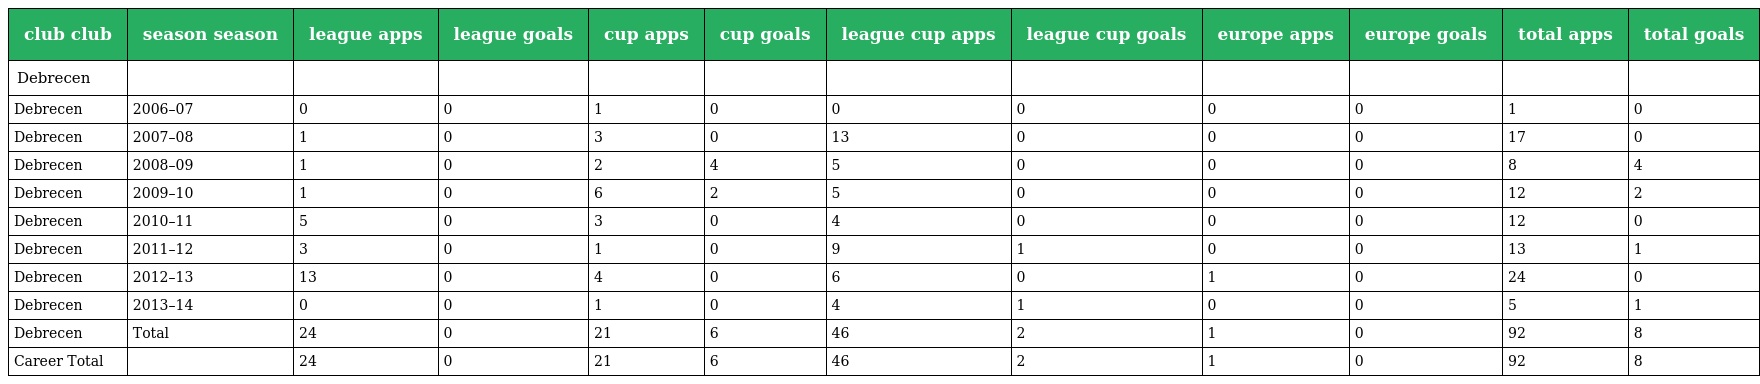
| club club | season season | league apps | league goals | cup apps | cup goals | league cup apps | league cup goals | europe apps | europe goals | total apps | total goals |
 | --- | --- | --- | --- | --- | --- | --- | --- | --- | --- | --- | --- |
 | Debrecen |  |  |  |  |  |  |  |  |  |  |  |
 | Debrecen | 2006–07 | 0 | 0 | 1 | 0 | 0 | 0 | 0 | 0 | 1 | 0 |
 | Debrecen | 2007–08 | 1 | 0 | 3 | 0 | 13 | 0 | 0 | 0 | 17 | 0 |
 | Debrecen | 2008–09 | 1 | 0 | 2 | 4 | 5 | 0 | 0 | 0 | 8 | 4 |
 | Debrecen | 2009–10 | 1 | 0 | 6 | 2 | 5 | 0 | 0 | 0 | 12 | 2 |
 | Debrecen | 2010–11 | 5 | 0 | 3 | 0 | 4 | 0 | 0 | 0 | 12 | 0 |
 | Debrecen | 2011–12 | 3 | 0 | 1 | 0 | 9 | 1 | 0 | 0 | 13 | 1 |
 | Debrecen | 2012–13 | 13 | 0 | 4 | 0 | 6 | 0 | 1 | 0 | 24 | 0 |
 | Debrecen | 2013–14 | 0 | 0 | 1 | 0 | 4 | 1 | 0 | 0 | 5 | 1 |
 | Debrecen | Total | 24 | 0 | 21 | 6 | 46 | 2 | 1 | 0 | 92 | 8 |
 | Career Total |  | 24 | 0 | 21 | 6 | 46 | 2 | 1 | 0 | 92 | 8 |